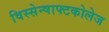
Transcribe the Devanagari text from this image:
विस्सेन्षाफ्टकोलेज